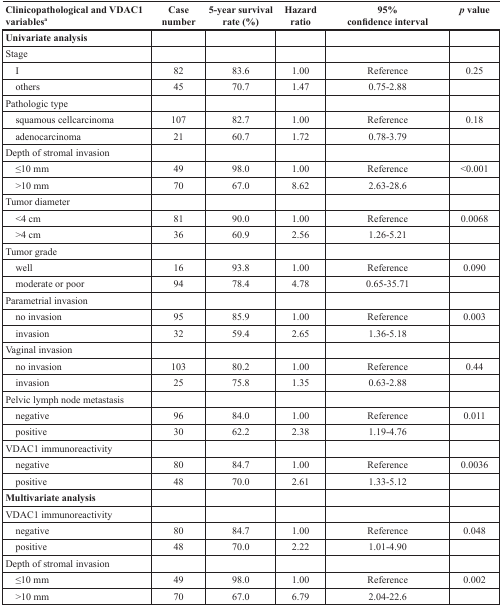
<table><thead><tr><td><b>Clinicopathological and VDAC1 variables<sup>a</sup></b></td><td><b>Case number</b></td><td><b>5-year survival rate (%)</b></td><td><b>Hazard ratio</b></td><td><b>95% confidence interval</b></td><td><b><i>p</i> value</b></td></tr></thead><tbody><tr><td><b>Univariate analysis</b></td><td></td><td></td><td></td><td></td><td></td></tr><tr><td>Stage</td><td></td><td></td><td></td><td></td><td></td></tr><tr><td> I</td><td>82</td><td>83.6</td><td>1.00</td><td>Reference</td><td>0.25</td></tr><tr><td> others</td><td>45</td><td>70.7</td><td>1.47</td><td>0.75-2.88</td><td></td></tr><tr><td>Pathologic type</td><td></td><td></td><td></td><td></td><td></td></tr><tr><td> squamous cellcarcinoma</td><td>107</td><td>82.7</td><td>1.00</td><td>Reference</td><td>0.18</td></tr><tr><td> adenocarcinoma</td><td>21</td><td>60.7</td><td>1.72</td><td>0.78-3.79</td><td></td></tr><tr><td>Depth of stromal invasion</td><td></td><td></td><td></td><td></td><td></td></tr><tr><td> ≤10 mm</td><td>49</td><td>98.0</td><td>1.00</td><td>Reference</td><td>&lt;0.001</td></tr><tr><td> &gt;10 mm</td><td>70</td><td>67.0</td><td>8.62</td><td>2.63-28.6</td><td></td></tr><tr><td>Tumor diameter</td><td></td><td></td><td></td><td></td><td></td></tr><tr><td> &lt;4 cm</td><td>81</td><td>90.0</td><td>1.00</td><td>Reference</td><td>0.0068</td></tr><tr><td> &gt;4 cm</td><td>36</td><td>60.9</td><td>2.56</td><td>1.26-5.21</td><td></td></tr><tr><td>Tumor grade</td><td></td><td></td><td></td><td></td><td></td></tr><tr><td> well</td><td>16</td><td>93.8</td><td>1.00</td><td>Reference</td><td>0.090</td></tr><tr><td> moderate or poor</td><td>94</td><td>78.4</td><td>4.78</td><td>0.65-35.71</td><td></td></tr><tr><td>Parametrial invasion</td><td></td><td></td><td></td><td></td><td></td></tr><tr><td> no invasion</td><td>95</td><td>85.9</td><td>1.00</td><td>Reference</td><td>0.003</td></tr><tr><td> invasion</td><td>32</td><td>59.4</td><td>2.65</td><td>1.36-5.18</td><td></td></tr><tr><td>Vaginal invasion</td><td></td><td></td><td></td><td></td><td></td></tr><tr><td> no invasion</td><td>103</td><td>80.2</td><td>1.00</td><td>Reference</td><td>0.44</td></tr><tr><td> invasion</td><td>25</td><td>75.8</td><td>1.35</td><td>0.63-2.88</td><td></td></tr><tr><td>Pelvic lymph node metastasis</td><td></td><td></td><td></td><td></td><td></td></tr><tr><td> negative</td><td>96</td><td>84.0</td><td>1.00</td><td>Reference</td><td>0.011</td></tr><tr><td> positive</td><td>30</td><td>62.2</td><td>2.38</td><td>1.19-4.76</td><td></td></tr><tr><td>VDAC1 immunoreactivity</td><td></td><td></td><td></td><td></td><td></td></tr><tr><td> negative</td><td>80</td><td>84.7</td><td>1.00</td><td>Reference</td><td>0.0036</td></tr><tr><td> positive</td><td>48</td><td>70.0</td><td>2.61</td><td>1.33-5.12</td><td></td></tr><tr><td><b>Multivariate analysis</b></td><td></td><td></td><td></td><td></td><td></td></tr><tr><td>VDAC1 immunoreactivity</td><td></td><td></td><td></td><td></td><td></td></tr><tr><td> negative</td><td>80</td><td>84.7</td><td>1.00</td><td>Reference</td><td>0.048</td></tr><tr><td> positive</td><td>48</td><td>70.0</td><td>2.22</td><td>1.01-4.90</td><td></td></tr><tr><td>Depth of stromal invasion</td><td></td><td></td><td></td><td></td><td></td></tr><tr><td> ≤10 mm</td><td>49</td><td>98.0</td><td>1.00</td><td>Reference</td><td>0.002</td></tr><tr><td> &gt;10 mm</td><td>70</td><td>67.0</td><td>6.79</td><td>2.04-22.6</td><td></td></tr></tbody></table>